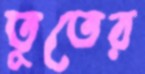
তুতের